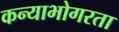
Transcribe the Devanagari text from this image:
कन्याभोगरता